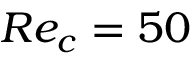
R e _ { c } = 5 0